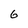
Character: G